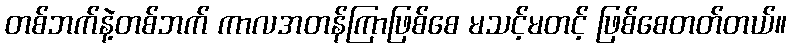
တစ်ဘက်နဲ့တစ်ဘက် ကာလအတန်ကြာဖြစ်စေ မသင့်မတင့် ဖြစ်စေတတ်တယ်။